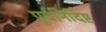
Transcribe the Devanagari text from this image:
पूर्वनिर्दिष्ट